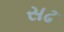
સઢ